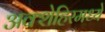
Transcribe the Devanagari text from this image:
अक्शेहिरमध्ये